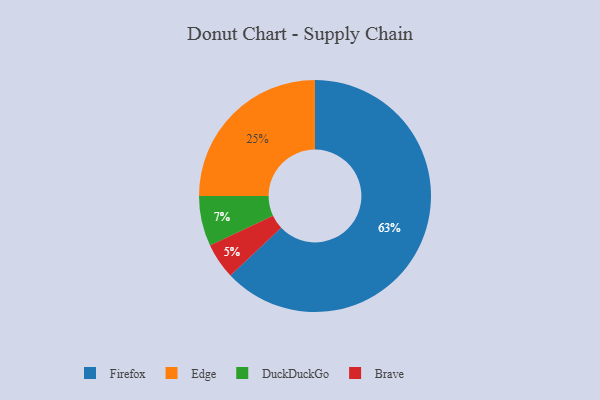
{"axis": {"x": "Category", "y": "Percentage"}, "legend": ["Brave", "DuckDuckGo", "Edge", "Firefox"], "data": [{"x": "Firefox", "y": 63, "type": "Firefox"}, {"x": "Brave", "y": 5, "type": "Brave"}, {"x": "DuckDuckGo", "y": 7, "type": "DuckDuckGo"}, {"x": "Edge", "y": 25, "type": "Edge"}]}